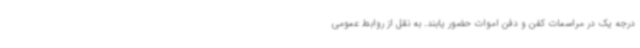
درجه یک در مراسمات کفن و دفن اموات حضور یابند. به نقل از روابط عمومی